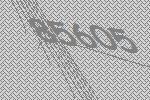
85605